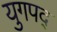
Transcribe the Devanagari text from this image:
युगपद्